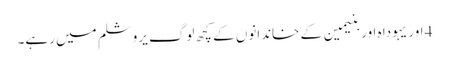
4 اور یہودا ہ اور بنیمین کے خاندانوں کے کچھ لوگ یروشلم میں رہے۔